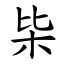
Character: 枈